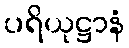
ပရိယုဋ္ဌာနံ